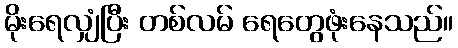
မိုးရေလျှံပြီး တစ်လမ် ရေတွေဖုံးနေသည်။